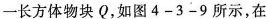
一长方体物块Q，如图4-3-9所示，在